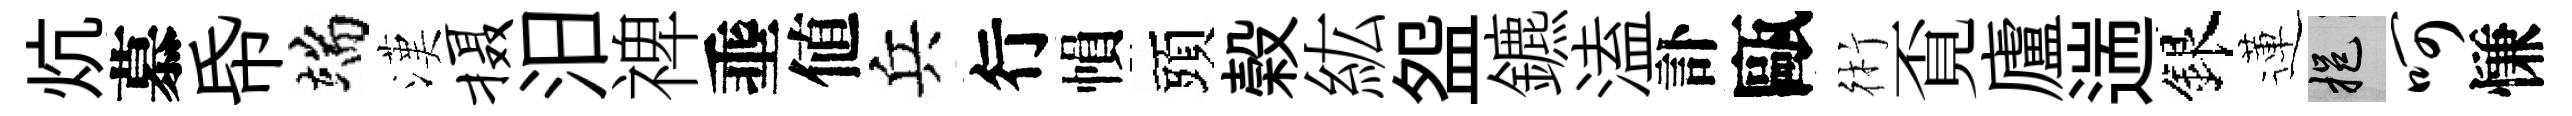
炕慕帋端漢摄汨禆埀値兵行𢄙頭榖紘盌鑣溘訃甌術覔廬遄銀蓮挹呵慊